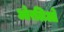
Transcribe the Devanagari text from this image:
ओरलिओ